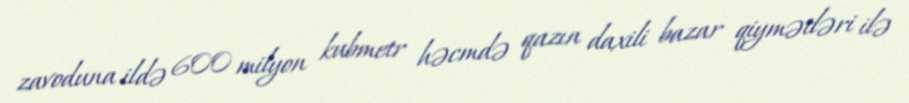
zavoduna ildə 600 milyon kubmetr həcmdə qazın daxili bazar qiymətləri ilə